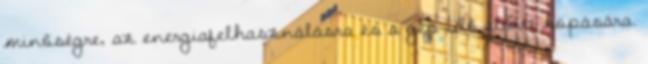
minőségre, az energiafelhasználásra és a gép idő előtti kopására.